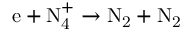
\mathrm { e + N _ { 4 } ^ { + } \to N _ { 2 } + N _ { 2 } }